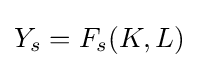
Y_{s}=F_{s}(K,L)